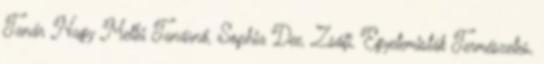
Tanár Nagy Mellű Tanárnő, Sophia Dee, Zsófi, Egyetemisták Természetes,